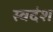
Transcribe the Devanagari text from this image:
स्वदंश